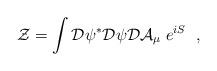
LaTeX: \begin{align*}{\cal Z} = \int {\cal D} \psi^* {\cal D} \psi {\cal D} {\cal A} _\mu\;e^{iS} \ \ , \end{align*}